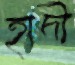
হাদী